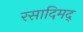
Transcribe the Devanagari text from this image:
रसादिमद्